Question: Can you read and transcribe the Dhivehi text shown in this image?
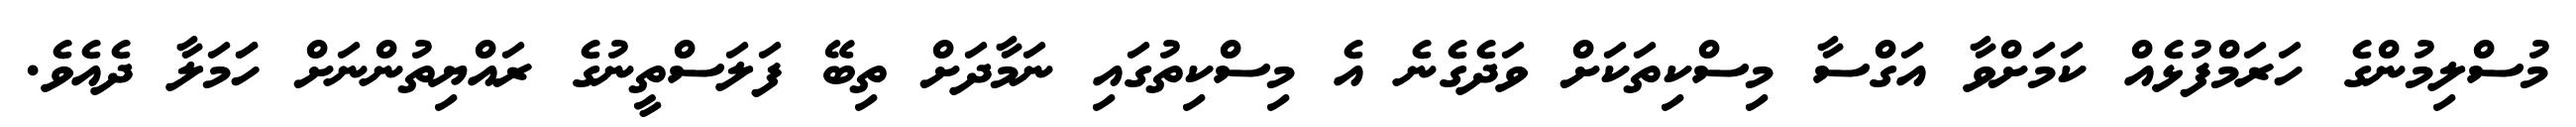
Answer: މުސްލިމުންގެ ހަރަމްފުޅެއް ކަމަށްވާ އަގްސާ މިސްކިތަކަށް ވަދެގެނެ އެ މިސްކިތުގައި ނަމާދަށް ތިބޭ ފަލަސްތީނުގެ ރައްޔިތުންނަށް ހަަމަލާ ދެއެވެ.